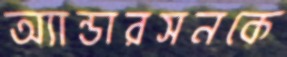
অ্যান্ডারসনকে